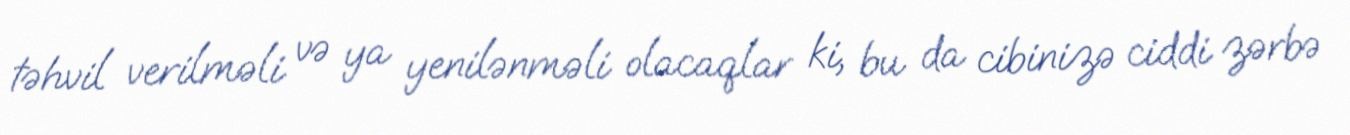
təhvil verilməli və ya yenilənməli olacaqlar ki, bu da cibinizə ciddi zərbə